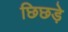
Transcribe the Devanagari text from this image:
छिछड़े